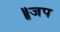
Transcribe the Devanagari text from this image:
॥जप